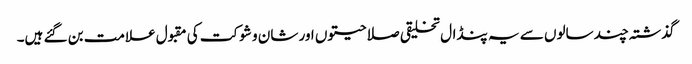
گذشتہ چند سالوں سے یہ پنڈال تخلیقی صلاحیتوں اور شان و شوکت کی مقبول علامت بن گئے ہیں۔